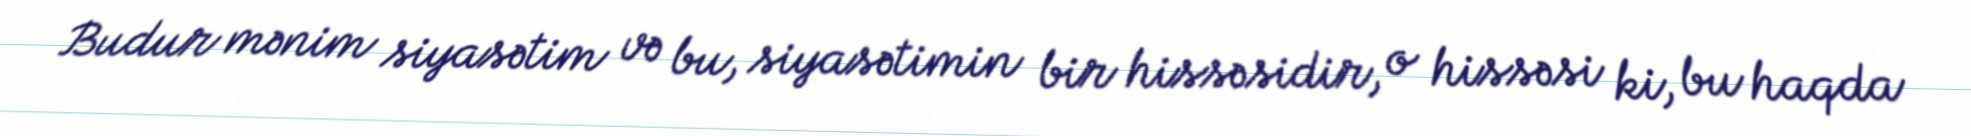
Budur mənim siyasətim və bu, siyasətimin bir hissəsidir, o hissəsi ki, bu haqda